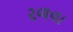
રળવા